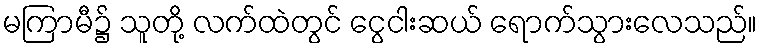
မကြာမီ၌ သူတို့ လက်ထဲတွင် ငွေငါးဆယ် ရောက်သွားလေသည်။